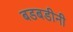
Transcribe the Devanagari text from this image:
बडबडीनी